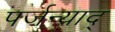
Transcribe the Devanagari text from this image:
पर्जन्याद्‌